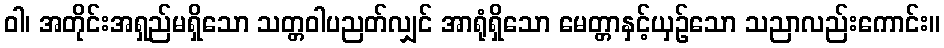
ဝါ၊ အတိုင်းအရှည်မရှိသော သတ္တဝါပညတ်လျှင် အာရုံရှိသော မေတ္တာနှင့်ယှဉ်သော သညာလည်းကောင်း။